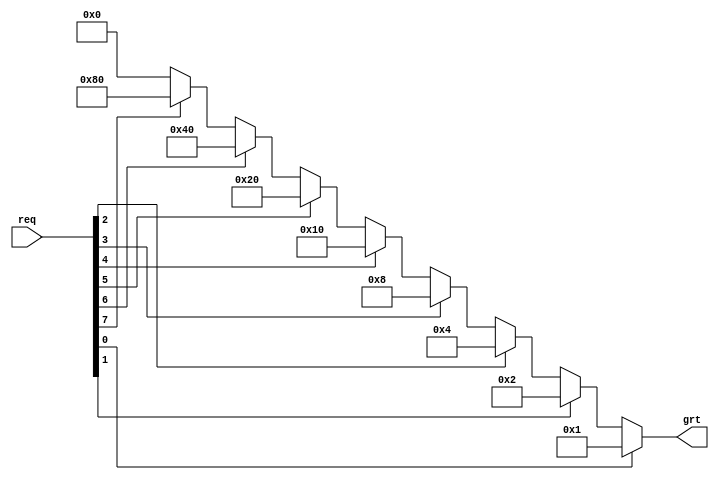
module fixed_prioritizer #( // NOTE: give LSB the highest priority
    parameter WIDTH = 8
    ) (
    input [WIDTH-1:0] req,
    output reg [WIDTH-1:0] grt
    );
    integer i;
    always@(*) begin
        grt = 0;
        for (i = WIDTH-1; i >= 0; i = i-1) begin: forloop
            if (req[i]) 
                grt = 1<<i;
        end
    end
    
endmodule